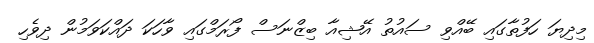
މިދިޔަ ހަފުތާގައި ބޭއްވި ސައުތު އޭޝިއާ ބިޒްނަސް ފޯރަމްގައި ވާހަކަ ދައްކަވަމުން ދިވެހި